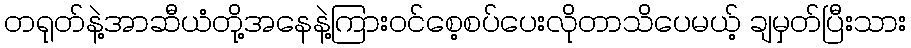
တရုတ်နဲ့အာဆီယံတို့အနေနဲ့ကြားဝင်စေ့စပ်ပေးလိုတာသိပေမယ့် ချမှတ်ပြီးသား